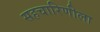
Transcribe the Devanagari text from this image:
सहचारिणीला